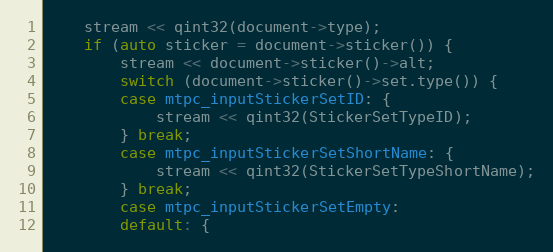
Language: C++
	stream << qint32(document->type);
	if (auto sticker = document->sticker()) {
		stream << document->sticker()->alt;
		switch (document->sticker()->set.type()) {
		case mtpc_inputStickerSetID: {
			stream << qint32(StickerSetTypeID);
		} break;
		case mtpc_inputStickerSetShortName: {
			stream << qint32(StickerSetTypeShortName);
		} break;
		case mtpc_inputStickerSetEmpty:
		default: {